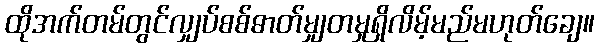
ထိုအက်တမ်တွင်လျှပ်စစ်ဓာတ်မျှတမှုရှိလိမ့်မည်မဟုတ်ချေ။